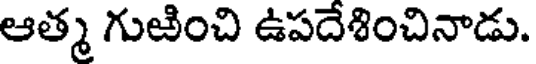
ఆత్మ గుఱించి ఉపదేశించినాడు.